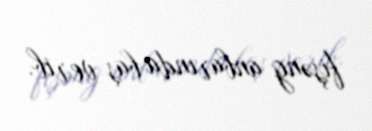
fişəng anbarında baş verib.